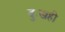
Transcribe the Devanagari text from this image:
दुःखही